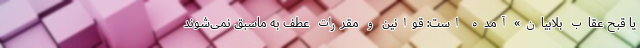
یا قبح عقاب بلابیان» آمده است: قوانین و مقررات عطف به ماسبق نمی‌شوند